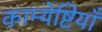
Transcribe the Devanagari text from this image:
काम्येष्टियाँ